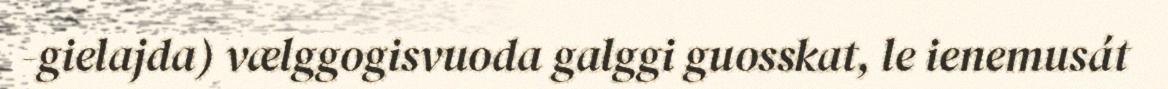
-gielajda) vælggogisvuoda galggi guosskat, le ienemusát